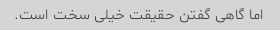
اما گاهی گفتن حقیقت خیلی سخت است.